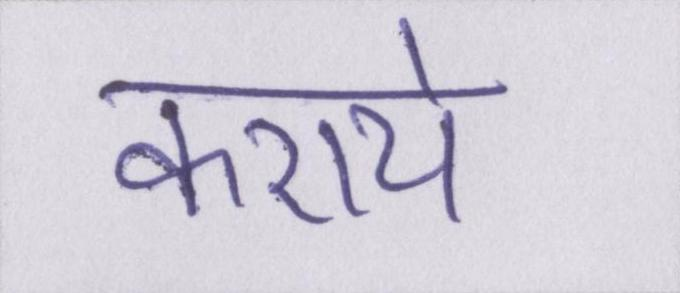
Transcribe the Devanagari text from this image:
कराये